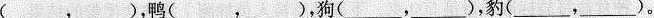
(___，___)，鸭(___，___)，狗(___，___)，豹(___，___)。